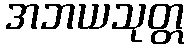
အဘယသုတ္တ